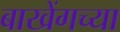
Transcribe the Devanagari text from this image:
बाखेंगच्या